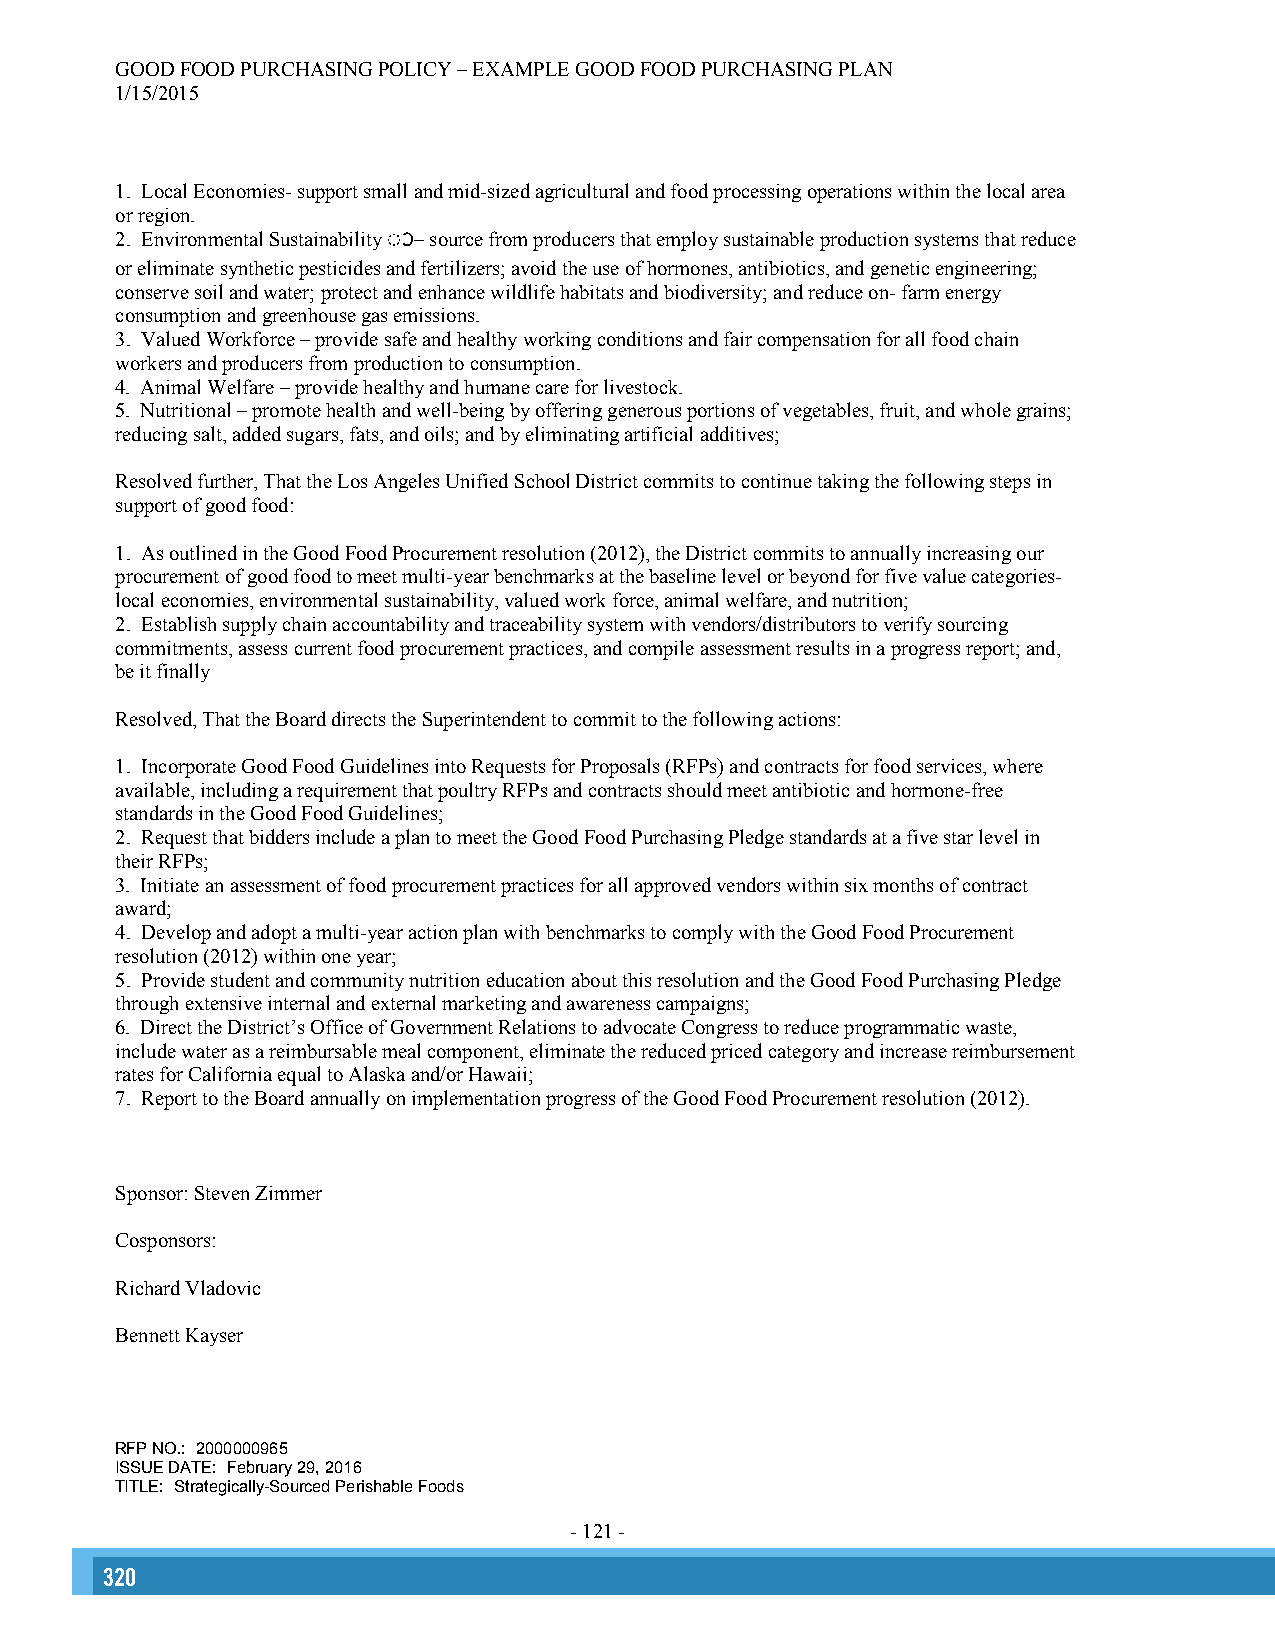
GOOD FOOD PURCHASING POLICY – EXAMPLE GOOD FOOD PURCHASING PLAN
 1/15/2015
 1. Local Economies- support small and mid-sized agricultural and food processing operations within the local area
 or region.
 2. Environmental Sustainability ◌ാ– source from producers that employ sustainable production systems that reduce
 or eliminate synthetic pesticides and fertilizers; avoid the use of hormones, antibiotics, and genetic engineering;
 conserve soil and water; protect and enhance wildlife habitats and biodiversity; and reduce on- farm energy
 consumption and greenhouse gas emissions.
 3. Valued Workforce – provide safe and healthy working conditions and fair compensation for all food chain
 workers and producers from production to consumption.
 4. Animal Welfare – provide healthy and humane care for livestock.
 5. Nutritional – promote health and well-being by offering generous portions of vegetables, fruit, and whole grains;
 reducing salt, added sugars, fats, and oils; and by eliminating artificial additives;
 Resolved further, That the Los Angeles Unified School District commits to continue taking the following steps in
 support of good food:
 1. As outlined in the Good Food Procurement resolution (2012), the District commits to annually increasing our
 procurement of good food to meet multi-year benchmarks at the baseline level or beyond for five value categories-
 local economies, environmental sustainability, valued work force, animal welfare, and nutrition;
 2. Establish supply chain accountability and traceability system with vendors/distributors to verify sourcing
 commitments, assess current food procurement practices, and compile assessment results in a progress report; and,
 be it finally
 Resolved, That the Board directs the Superintendent to commit to the following actions:
 1. Incorporate Good Food Guidelines into Requests for Proposals (RFPs) and contracts for food services, where
 available, including a requirement that poultry RFPs and contracts should meet antibiotic and hormone-free
 standards in the Good Food Guidelines;
 2. Request that bidders include a plan to meet the Good Food Purchasing Pledge standards at a five star level in
 their RFPs;
 3. Initiate an assessment of food procurement practices for all approved vendors within six months of contract
 award;
 4. Develop and adopt a multi-year action plan with benchmarks to comply with the Good Food Procurement
 resolution (2012) within one year;
 5. Provide student and community nutrition education about this resolution and the Good Food Purchasing Pledge
 through extensive internal and external marketing and awareness campaigns;
 6. Direct the District’s Office of Government Relations to advocate Congress to reduce programmatic waste,
 include water as a reimbursable meal component, eliminate the reduced priced category and increase reimbursement
 rates for California equal to Alaska and/or Hawaii;
 7. Report to the Board annually on implementation progress of the Good Food Procurement resolution (2012).
 Sponsor: Steven Zimmer
 Cosponsors:
 Richard Vladovic
 Bennett Kayser
 RFP NO.: 2000000965
 ISSUE DATE: February 29, 2016
 TITLE: Strategically-Sourced Perishable Foods
 - 121 -
 320                                                                                                                                                      321